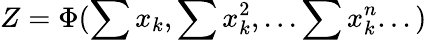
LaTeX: Z=\Phi(\sum x_{k},\sum x_{k}^{2},...\sum x_{k}^{n}...)